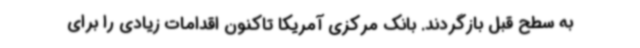
به سطح قبل بازگردند. بانک مرکزی آمریکا تاکنون اقدامات زیادی را برای